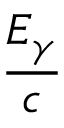
\frac { E _ { \gamma } } { c }